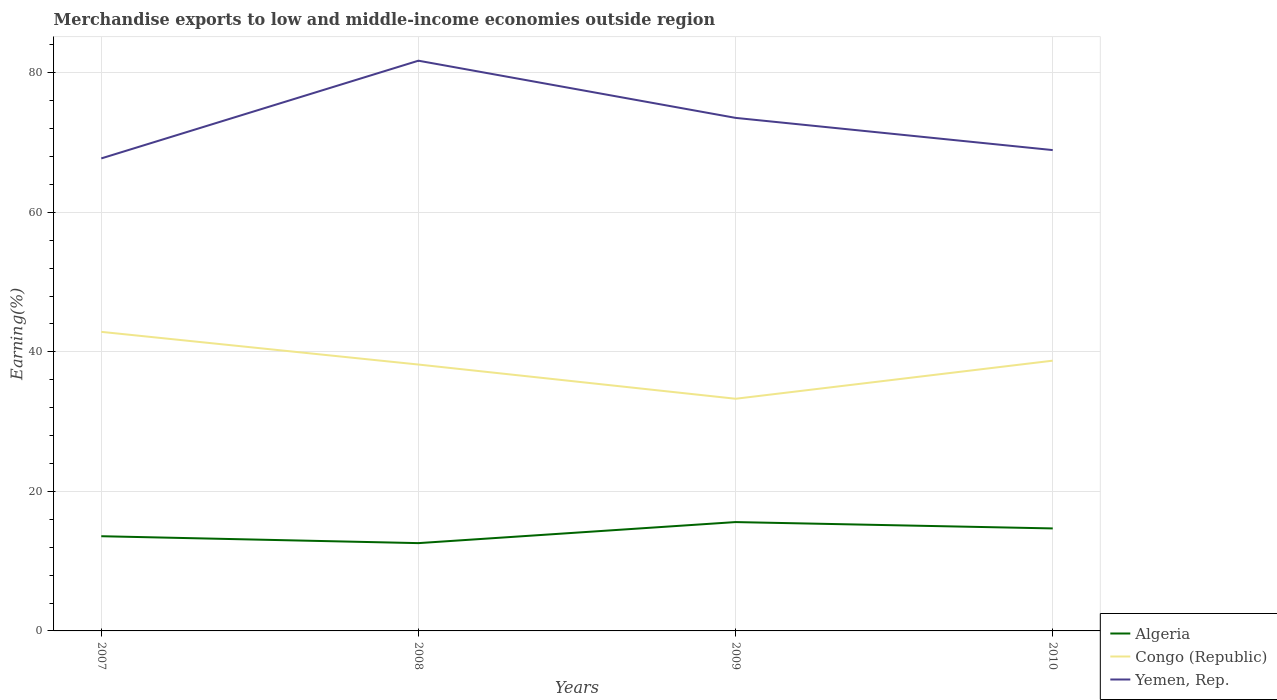
| Years | Algeria | Congo (Republic) | Yemen, Rep. |
 | --- | --- | --- | --- |
 | 2007 | 13.6 | 42.9 | 67.7 |
 | 2008 | 12.6 | 38.2 | 81.7 |
 | 2009 | 15.6 | 33.3 | 73.5 |
 | 2010 | 14.7 | 38.7 | 68.9 |